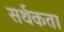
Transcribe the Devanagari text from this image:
सर्थकता